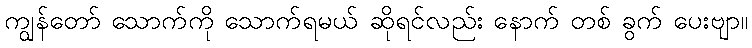
ကျွန်တော် သောက်ကို သောက်ရမယ် ဆိုရင်လည်း နောက် တစ် ခွက် ပေးဗျာ။